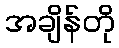
အချိန်တို